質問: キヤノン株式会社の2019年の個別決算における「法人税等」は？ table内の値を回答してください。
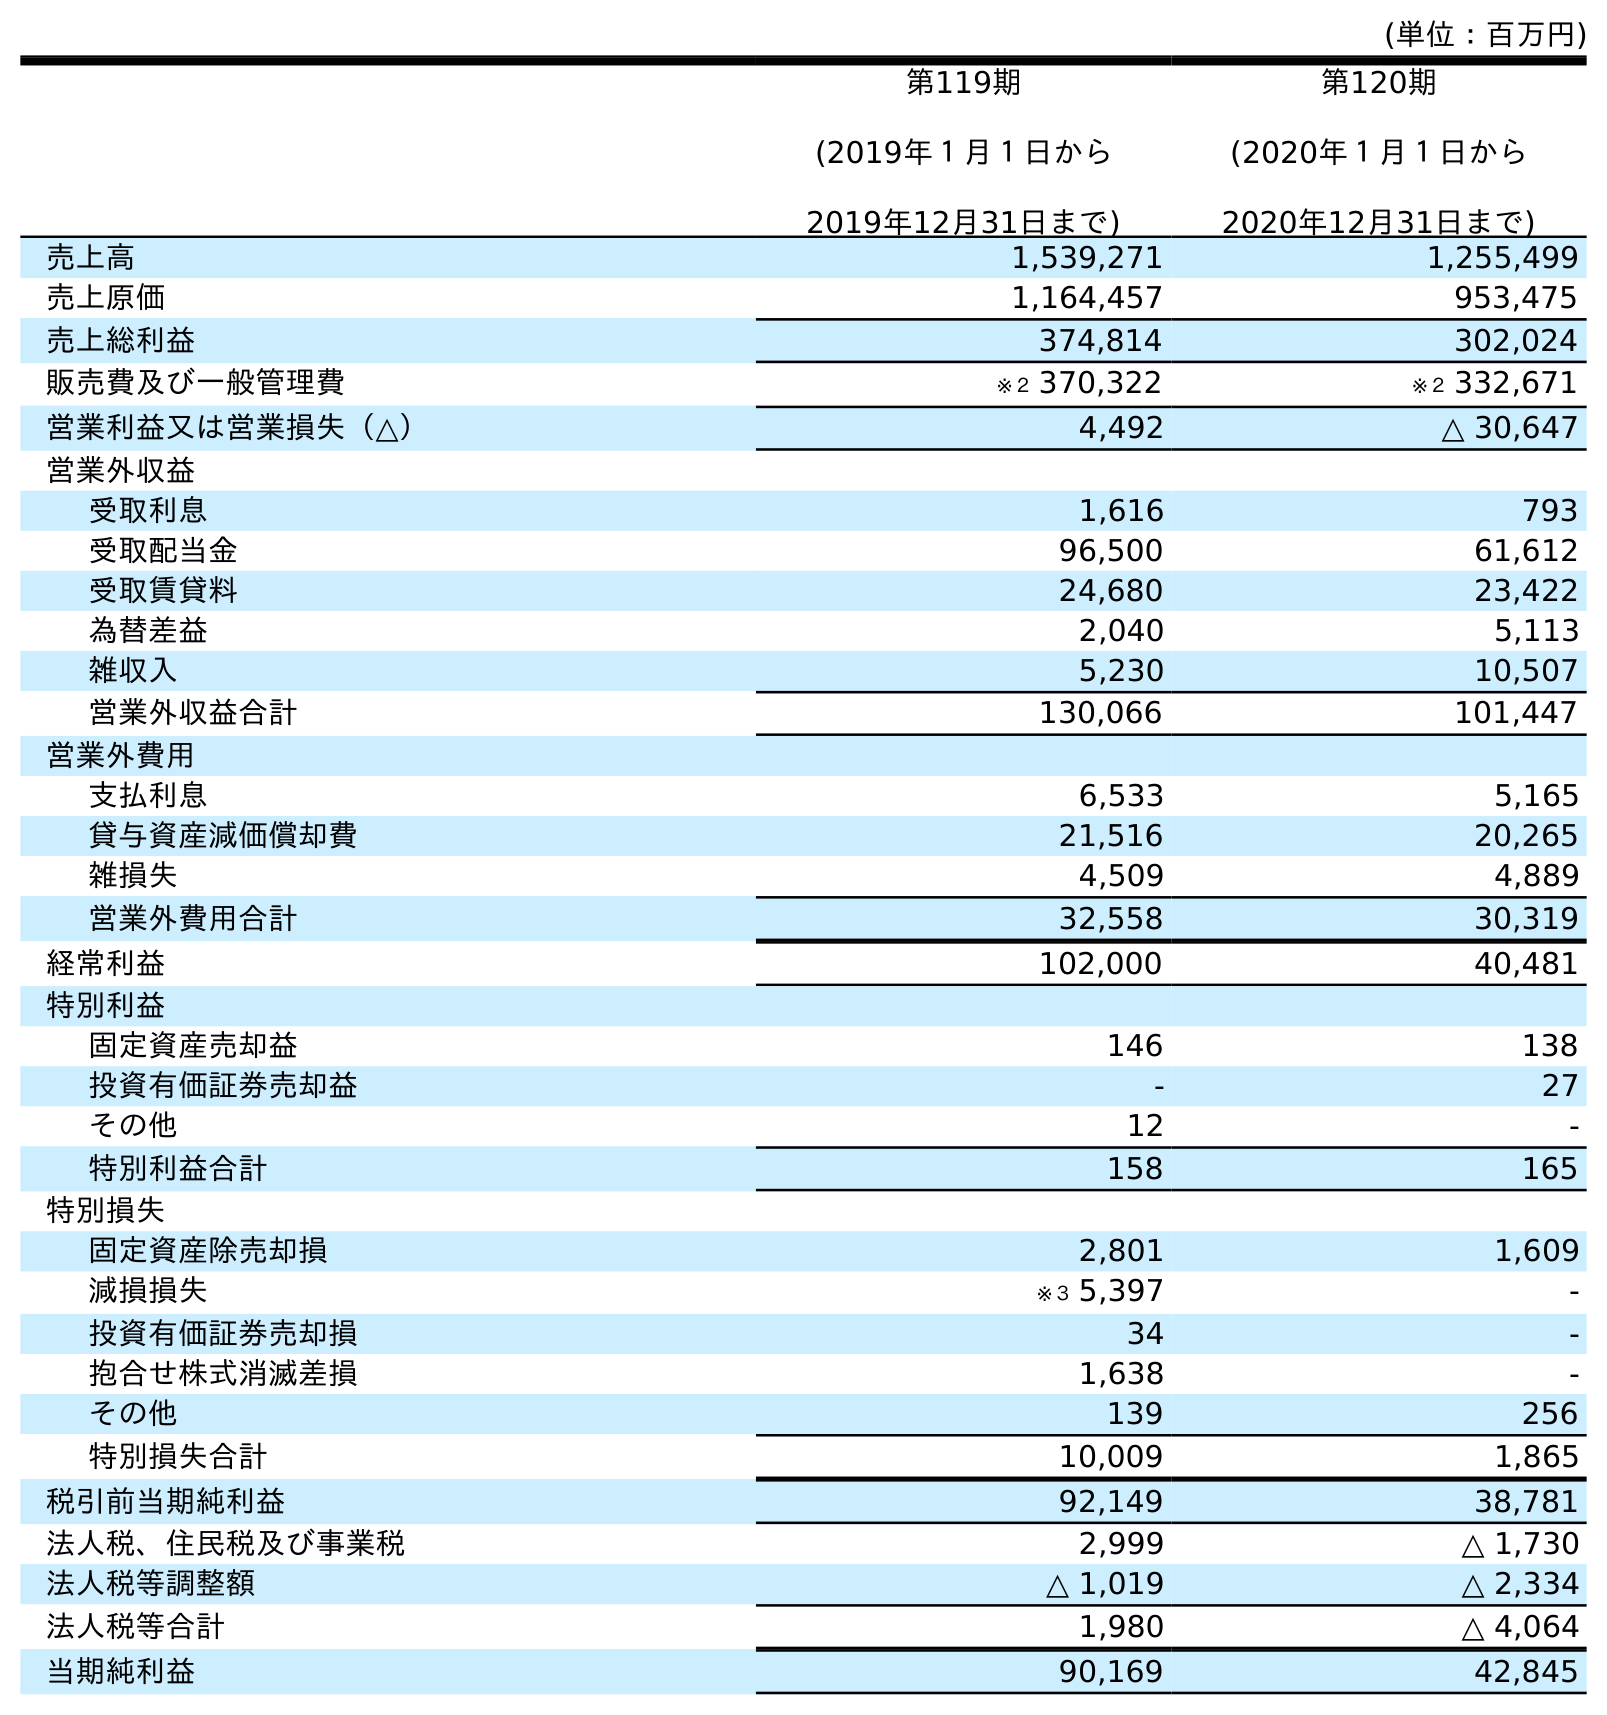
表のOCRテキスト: (単位：百万円) 第119期 (2019年１月１日から 2019年12月31日まで) 第120期 (2020年１月１日から 2020年12月31日まで) 売上高 1,539,271 1,255,499 売上原価 1,164,457 953,475 売上総利益 374,814 302,024 販売費及び一般管理費 ※２ 370,322 ※２ 332,671 営業利益又は営業損失（△） 4,492 △ 30,647 営業外収益 受取利息 1,616 793 受取配当金 96,500 61,612 受取賃貸料 24,680 23,422 為替差益 2,040 5,113 雑収入 5,230 10,507 営業外収益合計 130,066 101,447 営業外費用 支払利息 6,533 5,165 貸与資産減価償却費 21,516 20,265 雑損失 4,509 4,889 営業外費用合計 32,558 30,319 経常利益 102,000 40,481 特別利益 固定資産売却益 146 138 投資有価証券売却益 - 27 その他 12 - 特別利益合計 158 165 特別損失 固定資産除売却損 2,801 1,609 減損損失 ※３ 5,397 - 投資有価証券売却損 34 - 抱合せ株式消滅差損 1,638 - その他 139 256 特別損失合計 10,009 1,865 税引前当期純利益 92,149 38,781 法人税、住民税及び事業税 2,999 △ 1,730 法人税等調整額 △ 1,019 △ 2,334 法人税等合計 1,980 △ 4,064 当期純利益 90,169 42,845
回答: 1,980